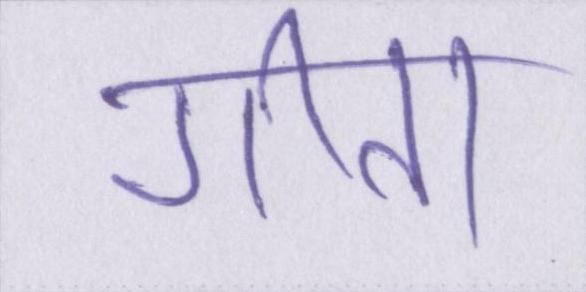
गीता